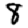
Digit: 8